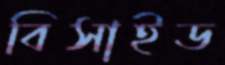
বিসাইড